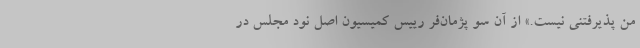
من پذیرفتنی نیست.» از آن سو پژمان‌‌فر رییس کمیسیون اصل نود مجلس در